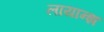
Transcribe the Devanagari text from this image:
लायान्झ